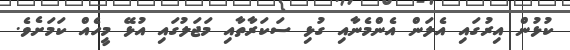
ކުޅުން އިރުގައި އެލަން އެންމެނާއި ގުޅި ސަކަރާތާއި މަޖަލުގައި އުޅޭ މީހެއް ކަމަށެވެ.